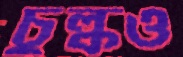
চুল্‌কও